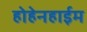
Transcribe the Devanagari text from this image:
होहेनहाईम